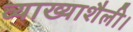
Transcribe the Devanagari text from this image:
व्याख्याशैली।